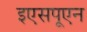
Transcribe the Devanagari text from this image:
इएसपूएन